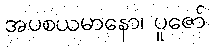
အပစယမာနော၊ ပူဇော်